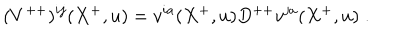
( { V } ^ { + + } ) ^ { i j } ( X ^ { + } , u ) = v ^ { i a } ( X ^ { + } , u ) D ^ { + + } v ^ { j a } ( X ^ { + } , u ) \; .